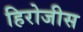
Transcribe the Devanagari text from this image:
हिरोजीस